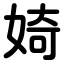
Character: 婍